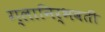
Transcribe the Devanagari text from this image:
ग्लानिर्भवती